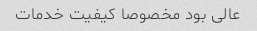
عالی بود مخصوصا کیفیت خدمات